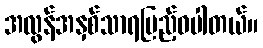
အလွန်အနှစ်သာရပြည့်ဝပါတယ်။